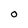
Character: 0